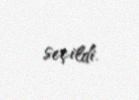
seçildi.